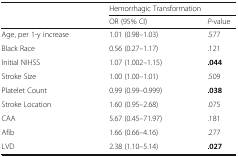
<table><thead><tr><td rowspan="2"></td><td colspan="2"><b>Hemorrhagic Transformation</b></td></tr><tr><td><b>OR (95% CI)</b></td><td><b><i>P</i>-value</b></td></tr></thead><tbody><tr><td>Age, per 1-y increase</td><td>1.01 (0.98–1.03)</td><td>.577</td></tr><tr><td>Black Race</td><td>0.56 (0.27–1.17)</td><td>.121</td></tr><tr><td>Initial NIHSS</td><td>1.07 (1.002–1.15)</td><td><b>.044</b></td></tr><tr><td>Stroke Size</td><td>1.00 (1.00–1.01)</td><td>.509</td></tr><tr><td>Platelet Count</td><td>0.99 (0.99–0.999)</td><td><b>.038</b></td></tr><tr><td>Stroke Location</td><td>1.60 (0.95–2.68)</td><td>.075</td></tr><tr><td>CAA</td><td>5.67 (0.45–71.97)</td><td>.181</td></tr><tr><td>Afib</td><td>1.66 (0.66–4.16)</td><td>.277</td></tr><tr><td>LVD</td><td>2.38 (1.10–5.14)</td><td><b>.027</b></td></tr></tbody></table>